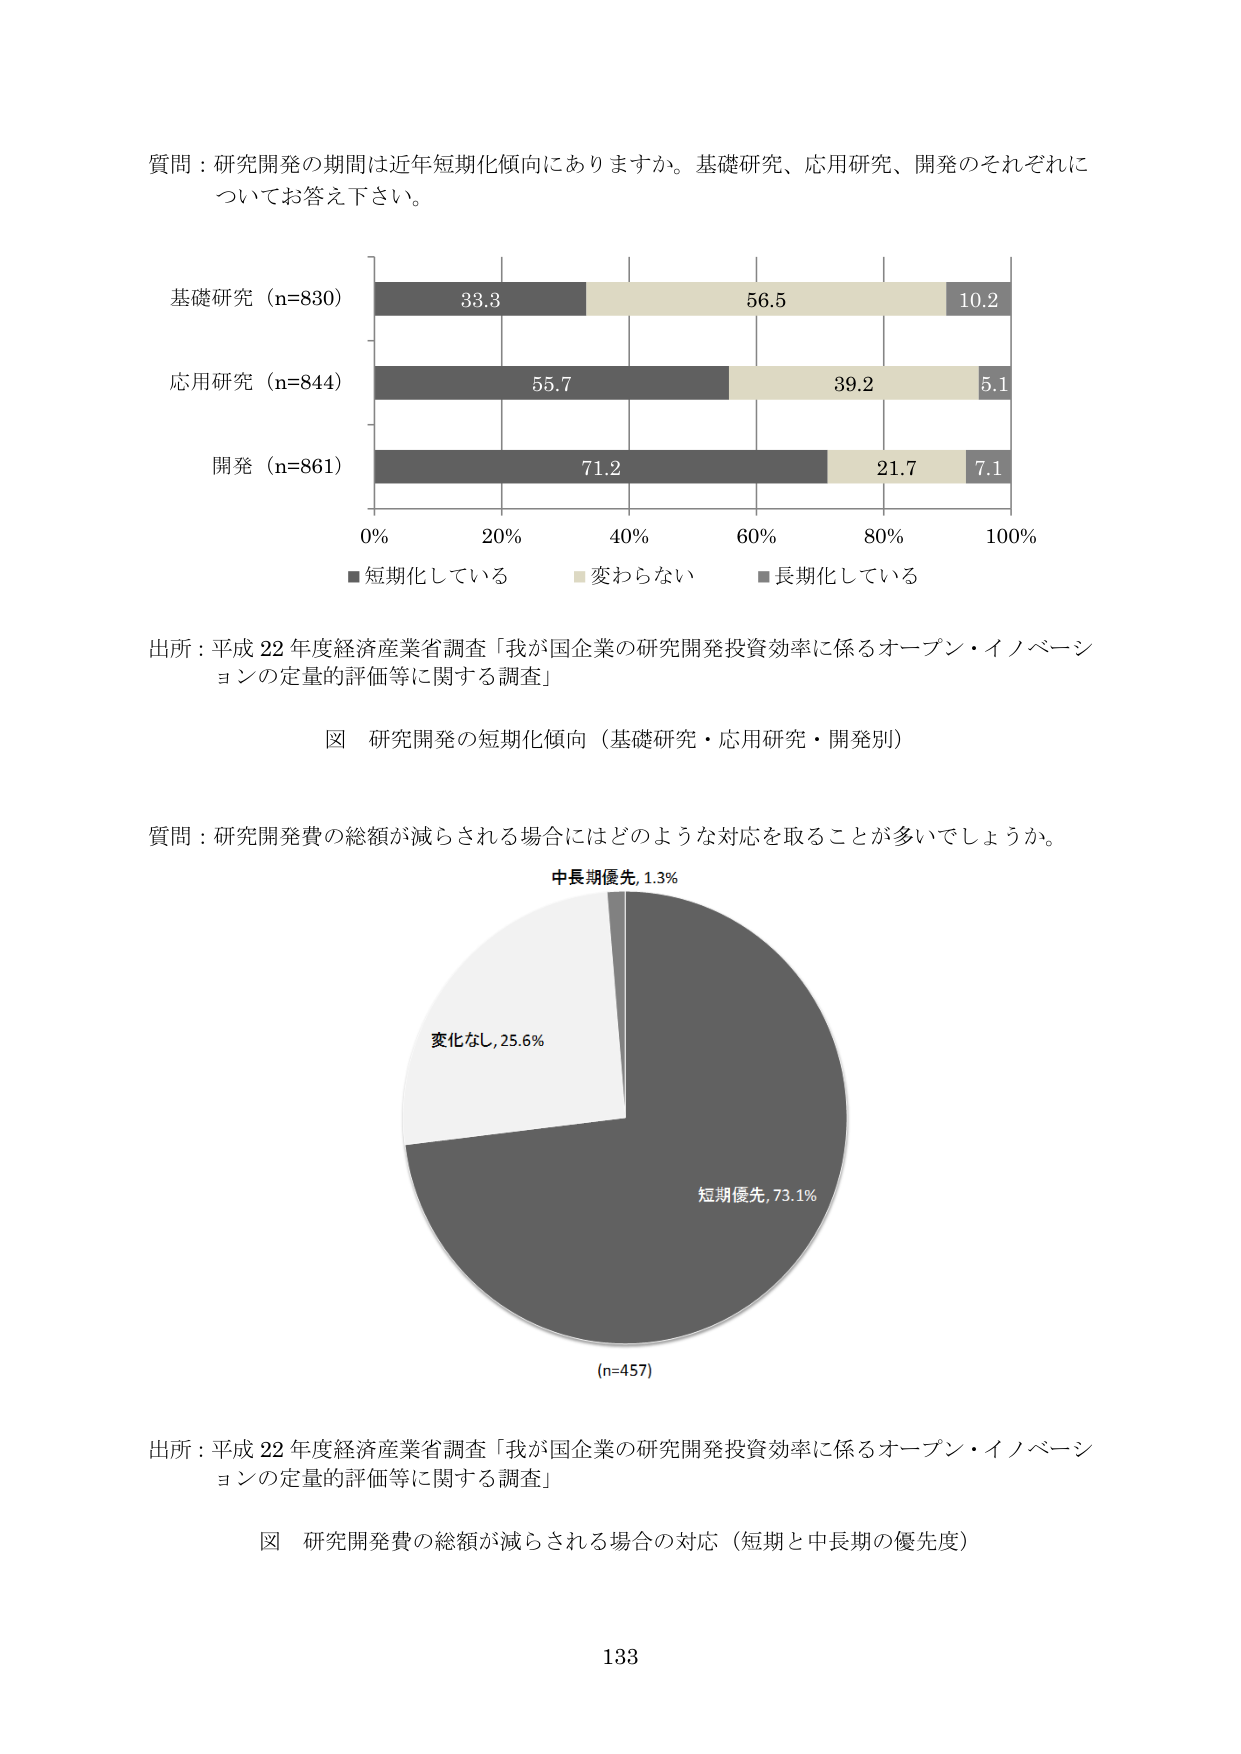
質問：研究開発の期間は近年短期化傾向にありますか。基礎研究、応用研究、開発のそれぞれについてお答え下さい。

基礎研究（n=830）
33.3　56.5　10.2

応用研究（n=844）
55.7　39.2　5.1

開発（n=861）
71.2　21.7　7.1

0%　20%　40%　60%　80%　100%

■短期化している　■変わらない　■長期化している

出所：平成22年度経済産業省調査「我が国企業の研究開発投資効率に係るオープン・イノベーションの定量的評価等に関する調査」

図　研究開発の短期化傾向（基礎研究・応用研究・開発別）

質問：研究開発費の総額が減らされる場合にはどのような対応を取ることが多いでしょうか。

中長期優先, 1.3%
変化なし, 25.6%
短期優先, 73.1%
(n=457)

出所：平成22年度経済産業省調査「我が国企業の研究開発投資効率に係るオープン・イノベーションの定量的評価等に関する調査」

図　研究開発費の総額が減らされる場合の対応（短期と中長期の優先度）

133